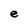
Character: e